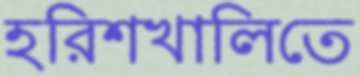
হরিশখালিতে